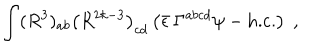
\int ( R ^ { 3 } ) _ { a b } \left( R ^ { 2 k - 3 } \right) _ { c d } \left( \bar { \epsilon } \, \Gamma ^ { a b c d } \psi - \mathrm { h . c . } \right) \; ,